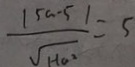
\frac { 1 5 a - 5 1 } { \sqrt { 1 + a ^ { 2 } } } = 5